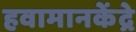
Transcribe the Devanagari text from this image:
हवामानकेंद्रे